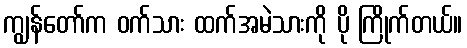
ကျွန်တော်က ဝက်သား ထက်အမဲသားကို ပို ကြိုက်တယ်။